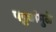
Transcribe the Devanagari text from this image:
पट्ट्यांमुळे